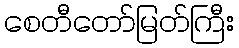
စေတီတော်မြတ်ကြီး